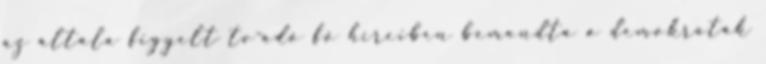
az általa figyelt tv-adó fő híreiben bemondta a demokraták